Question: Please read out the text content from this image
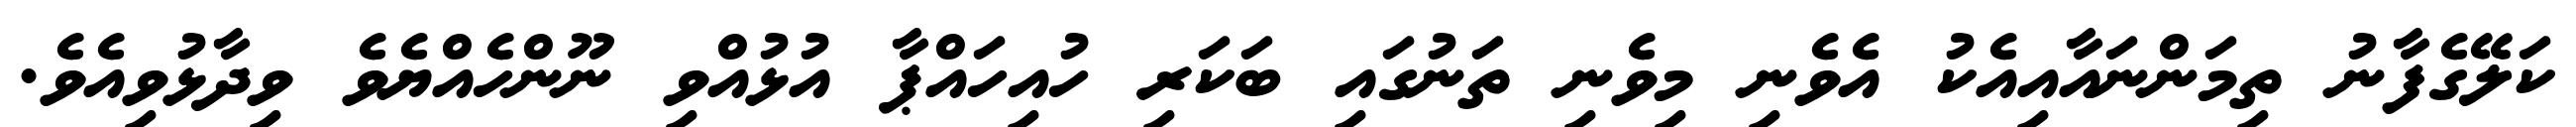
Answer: ކަލޭގެފާނު ތިމަންނައާއިއެކު އެވެނި މިވެނި ތަނުގައި ބަކަރި ހުއިހައްޕާ އުޅުއްވި ނޫންހެއްޔެވެ ވިދާޅުވިއެވެ.